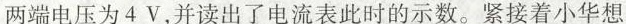
两端电压为4V，并读出了电流表此时的示数。紧接着小华想